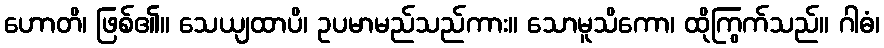
ဟောတိ၊ ဖြစ်၏။ သေယျထာပိ၊ ဥပမာမည်သည်ကား။ သောမူသိကော၊ ထိုကြွက်သည်။ ဂါဓံ၊